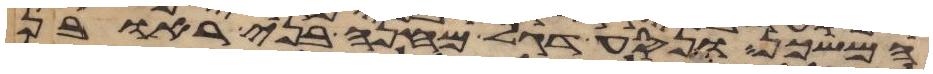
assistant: המשכן ונסע דגל מחנה בני ראובן